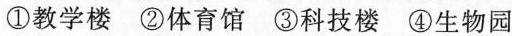
①教学楼 ②体育馆 ③科技楼 ④生物园